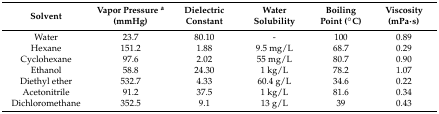
| Solvent | Vapor Pressure a (mmHg) | Dielectric Constant | Water Solubility | Boiling Point (°C) | Viscosity (mPa·s) |
 | --- | --- | --- | --- | --- | --- |
 | Water | 23.7 | 80.10 | - | 100 | 0.89 |
 | Hexane | 151.2 | 1.88 | 9.5 mg/L | 68.7 | 0.29 |
 | Cyclohexane | 97.6 | 2.02 | 55 mg/L | 80.7 | 0.90 |
 | Ethanol | 58.8 | 24.30 | 1 kg/L | 78.2 | 1.07 |
 | Diethyl ether | 532.7 | 4.33 | 60.4 g/L | 34.6 | 0.22 |
 | Acetonitrile | 91.2 | 37.5 | 1 kg/L | 81.6 | 0.34 |
 | Dichloromethane | 352.5 | 9.1 | 13 g/L | 39 | 0.43 |